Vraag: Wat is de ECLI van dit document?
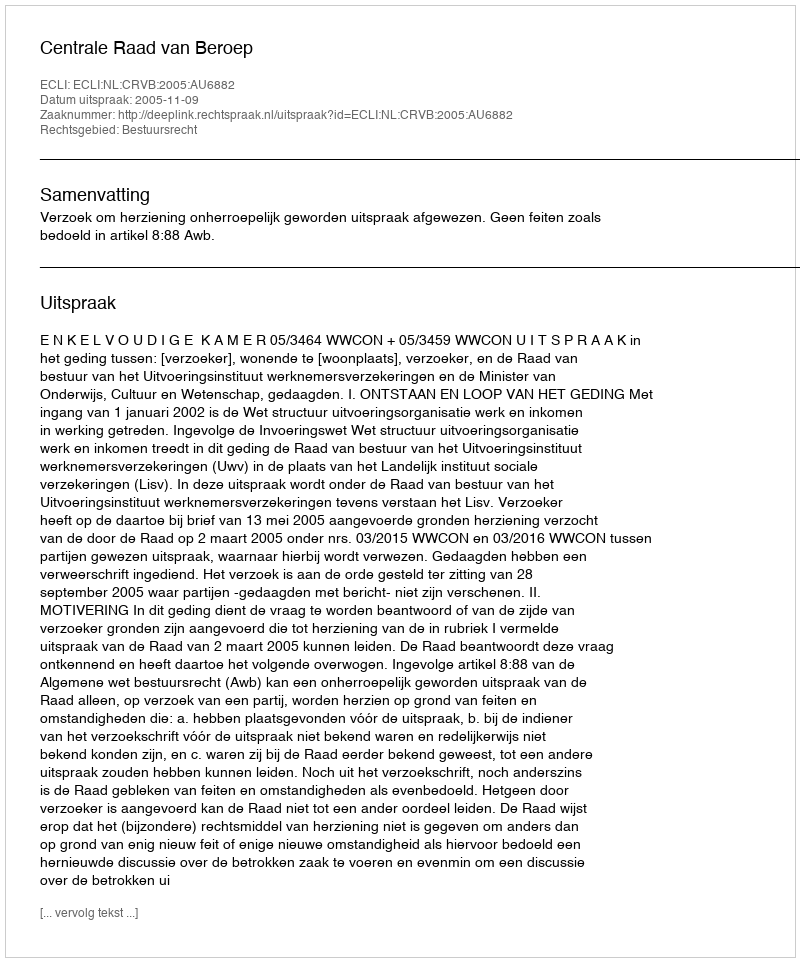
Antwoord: ECLI:NL:CRVB:2005:AU6882